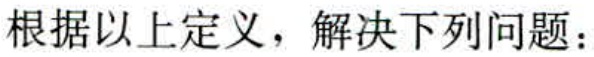
根据以上定义，解决下列问题：